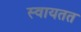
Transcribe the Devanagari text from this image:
स्वायतत